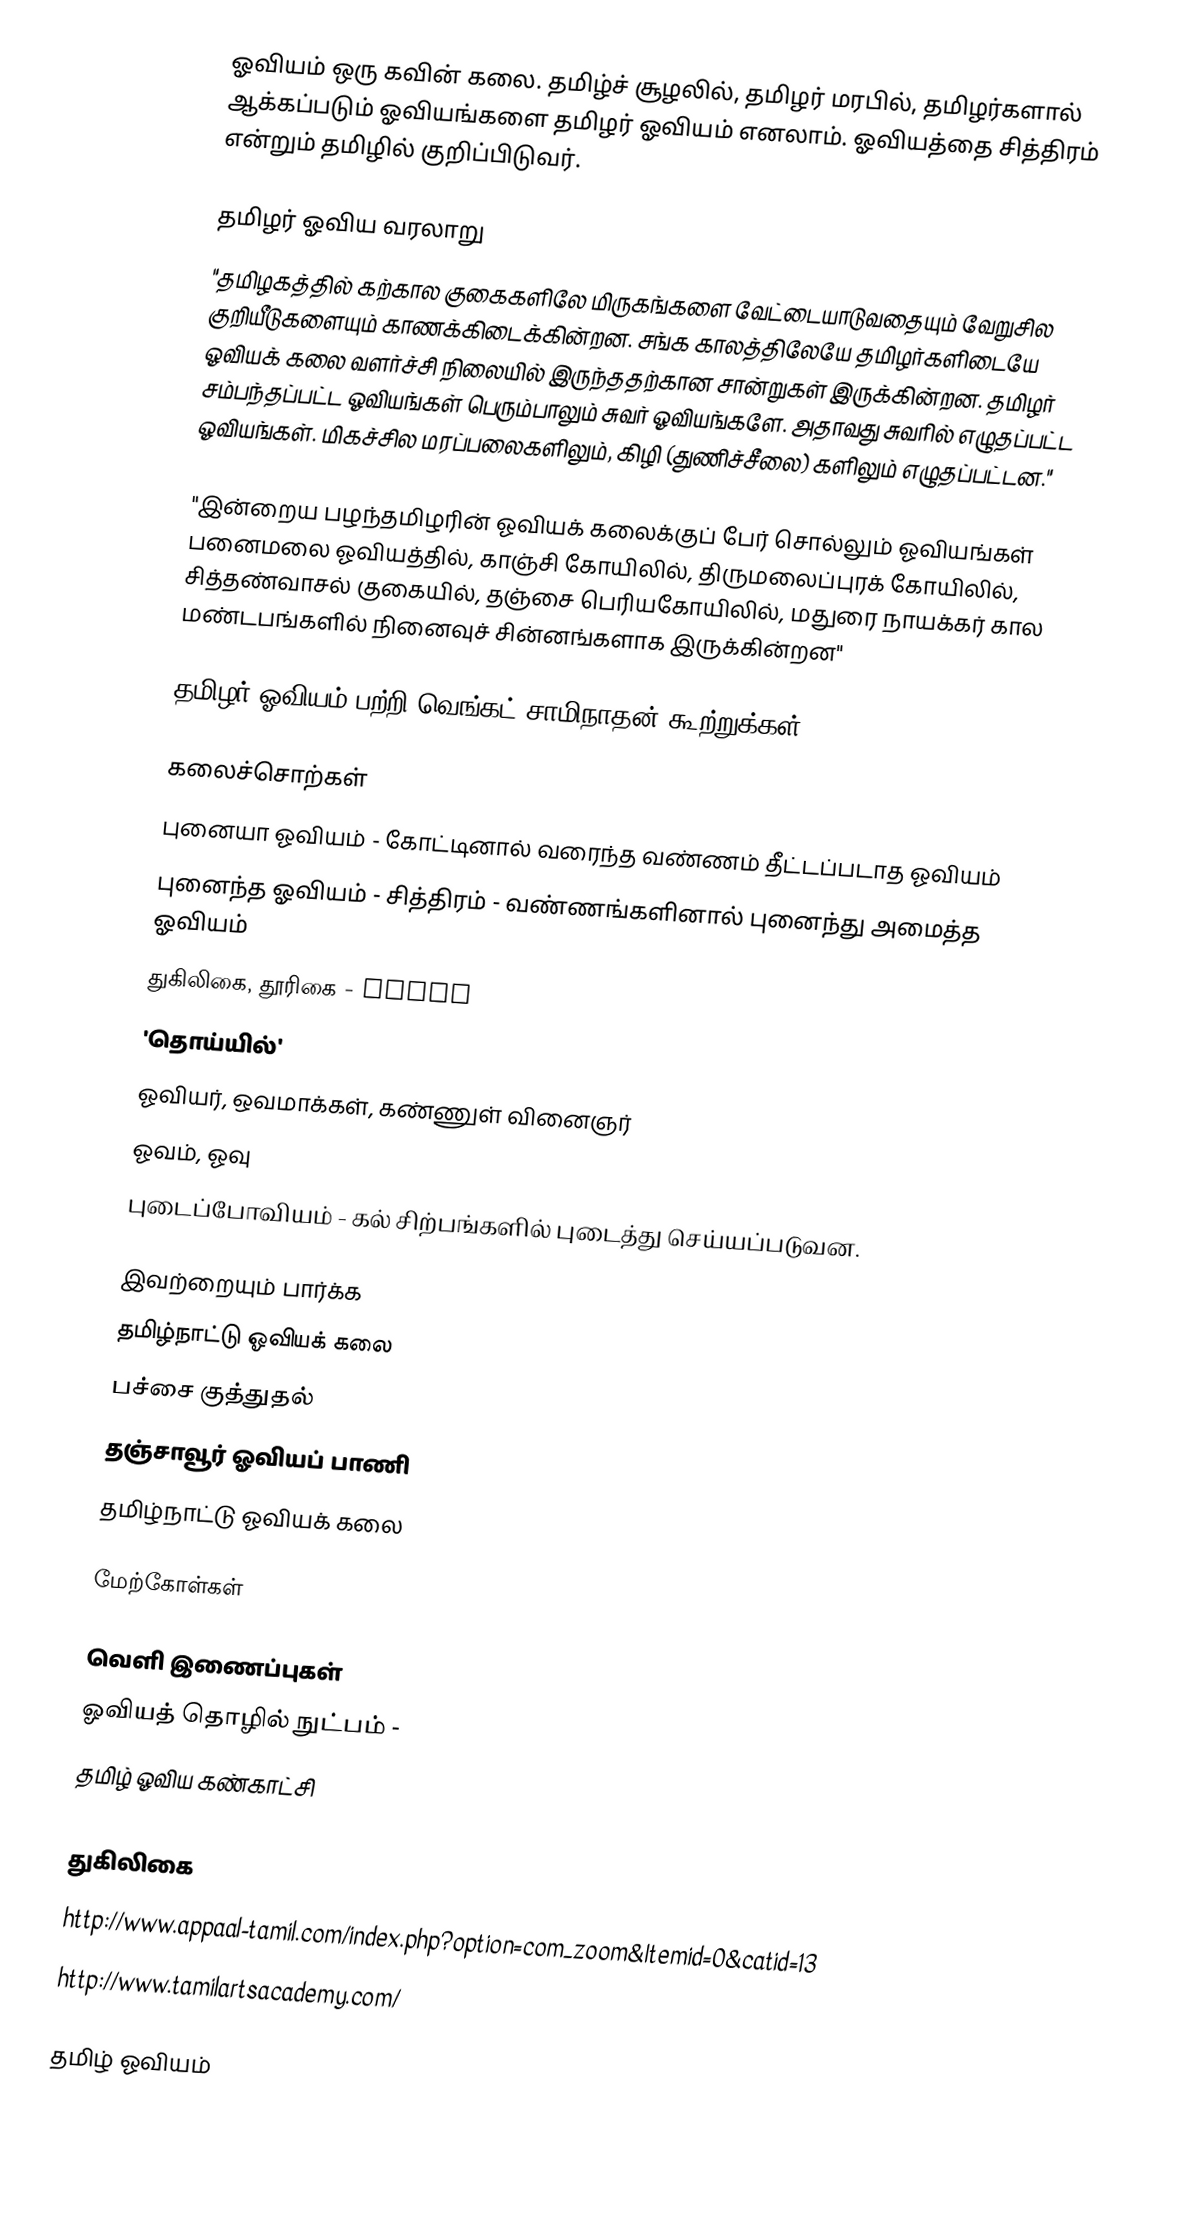
ஓவியம் ஒரு கவின் கலை. தமிழ்ச் சூழலில், தமிழர் மரபில், தமிழர்களால் ஆக்கப்படும் ஓவியங்களை தமிழர் ஓவியம் எனலாம். ஓவியத்தை சித்திரம் என்றும் தமிழில் குறிப்பிடுவர்.

தமிழர் ஓவிய வரலாறு
"தமிழகத்தில் கற்கால குகைகளிலே மிருகங்களை வேட்டையாடுவதையும் வேறுசில குறியீடுகளையும் காணக்கிடைக்கின்றன.  சங்க காலத்திலேயே தமிழர்களிடையே ஓவியக் கலை வளர்ச்சி நிலையில் இருந்ததற்கான சான்றுகள் இருக்கின்றன.  தமிழர் சம்பந்தப்பட்ட ஓவியங்கள் பெரும்பாலும் சுவர் ஓவியங்களே.  அதாவது சுவரில் எழுதப்பட்ட ஓவியங்கள்.  மிகச்சில மரப்பலைகளிலும், கிழி (துணிச்சீலை) களிலும் எழுதப்பட்டன."

"இன்றைய பழந்தமிழரின் ஓவியக் கலைக்குப் பேர் சொல்லும் ஓவியங்கள் பனைமலை ஓவியத்தில், காஞ்சி கோயிலில், திருமலைப்புரக் கோயிலில், சித்தண்வாசல் குகையில், தஞ்சை பெரியகோயிலில், மதுரை நாயக்கர் கால மண்டபங்களில் நினைவுச் சின்னங்களாக இருக்கின்றன"

தமிழர் ஓவியம் பற்றி வெங்கட் சாமிநாதன் கூற்றுக்கள்

கலைச்சொற்கள்
 புனையா ஓவியம் - கோட்டினால் வரைந்த வண்ணம் தீட்டப்படாத ஓவியம்
 புனைந்த ஓவியம் - சித்திரம் - வண்ணங்களினால் புனைந்து அமைத்த ஓவியம்
 துகிலிகை, தூரிகை - brush
 'தொய்யில்'
 ஓவியர், ஒவமாக்கள், கண்ணுள் வினைஞர்
 ஓவம், ஓவு
 புடைப்போவியம் - கல் சிற்பங்களில் புடைத்து செய்யப்படுவன.

இவற்றையும் பார்க்க
தமிழ்நாட்டு ஓவியக் கலை
 பச்சை குத்துதல்
 தஞ்சாவூர் ஓவியப் பாணி
 தமிழ்நாட்டு ஓவியக் கலை

மேற்கோள்கள்

வெளி இணைப்புகள்
 ஓவியத் தொழில் நுட்பம் -
 தமிழ் ஓவிய கண்காட்சி
 http://shanaathanan.blogspot.com/
 துகிலிகை
 http://www.appaal-tamil.com/index.php?option=com_zoom&Itemid=0&catid=13
 http://www.tamilartsacademy.com/

தமிழ் ஓவியம்